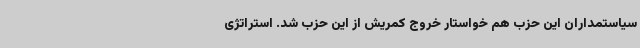
سیاستمداران این حزب هم خواستار خروج کمریش از این حزب شد. استراتژی